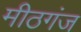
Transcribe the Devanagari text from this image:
मीठगंज